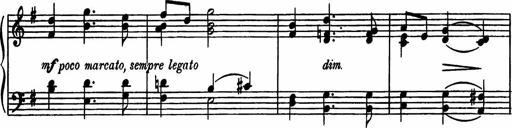
Title: Sonatilla
Composer: Mortimer Wilson
Key: C major